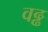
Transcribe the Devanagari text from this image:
वढ्ढ